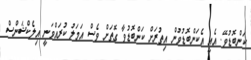
ކަންބޮޑުވޭ. އެއީ އެކަންބޮޑުވުން އިތުރަށް ކަންބޮޑުވާ ގޮތަށް ވެސް އަމަލު ކުރައްވަނީ އިލެކްޝަންސް